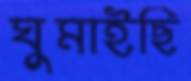
ঘুমাইছি